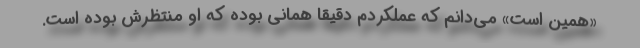
«همین است» می‌دانم که عملکردم دقیقا همانی بوده که او منتظرش بوده است.